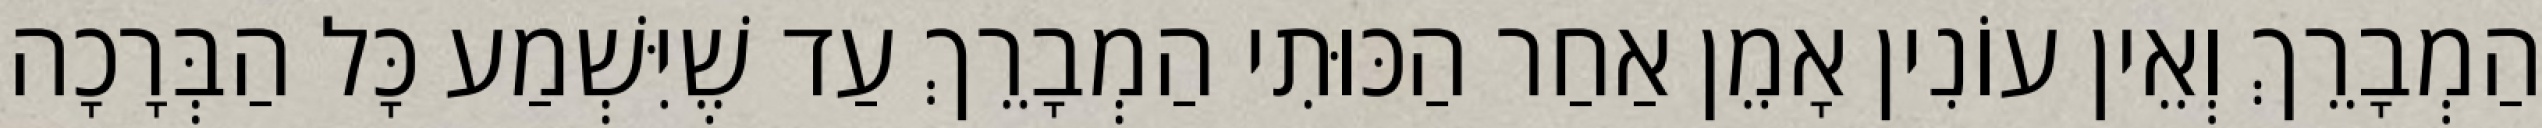
הַמְבָרֵךְ וְאֵין עוֹנִין אָמֵן אַחַר הַכּוּתִי הַמְבָרֵךְ עַד שֶׁיִּשְׁמַע כָּל הַבְּרָכָה